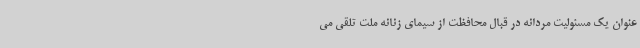
عنوان یک مسئولیت مردانه در قبال محافظت از سیمای زنانه ملت تلقی می